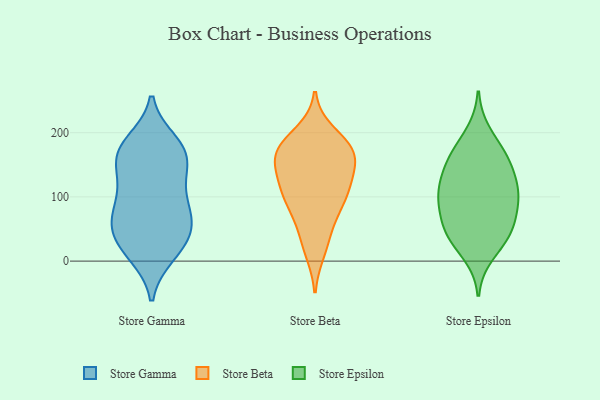
{"axis": {"x": "Energy Usage (MWh)", "y": "Value"}, "legend": ["Store Beta", "Store Epsilon", "Store Gamma"], "data": [{"x": "", "y": 108, "type": "Store Gamma"}, {"x": "", "y": 12, "type": "Store Gamma"}, {"x": "", "y": 115, "type": "Store Gamma"}, {"x": "", "y": 162, "type": "Store Gamma"}, {"x": "", "y": 156, "type": "Store Gamma"}, {"x": "", "y": 57, "type": "Store Gamma"}, {"x": "", "y": 180, "type": "Store Gamma"}, {"x": "", "y": 140, "type": "Store Gamma"}, {"x": "", "y": 66, "type": "Store Gamma"}, {"x": "", "y": 10, "type": "Store Gamma"}, {"x": "", "y": 22, "type": "Store Gamma"}, {"x": "", "y": 45, "type": "Store Gamma"}, {"x": "", "y": 185, "type": "Store Gamma"}, {"x": "", "y": 60, "type": "Store Gamma"}, {"x": "", "y": 92, "type": "Store Gamma"}, {"x": "", "y": 77, "type": "Store Gamma"}, {"x": "", "y": 40, "type": "Store Gamma"}, {"x": "", "y": 166, "type": "Store Gamma"}, {"x": "", "y": 174, "type": "Store Gamma"}, {"x": "", "y": 163, "type": "Store Beta"}, {"x": "", "y": 90, "type": "Store Beta"}, {"x": "", "y": 167, "type": "Store Beta"}, {"x": "", "y": 33, "type": "Store Beta"}, {"x": "", "y": 175, "type": "Store Beta"}, {"x": "", "y": 176, "type": "Store Beta"}, {"x": "", "y": 109, "type": "Store Beta"}, {"x": "", "y": 103, "type": "Store Beta"}, {"x": "", "y": 176, "type": "Store Beta"}, {"x": "", "y": 89, "type": "Store Beta"}, {"x": "", "y": 168, "type": "Store Beta"}, {"x": "", "y": 141, "type": "Store Beta"}, {"x": "", "y": 199, "type": "Store Beta"}, {"x": "", "y": 62, "type": "Store Beta"}, {"x": "", "y": 123, "type": "Store Beta"}, {"x": "", "y": 130, "type": "Store Beta"}, {"x": "", "y": 16, "type": "Store Beta"}, {"x": "", "y": 94, "type": "Store Epsilon"}, {"x": "", "y": 131, "type": "Store Epsilon"}, {"x": "", "y": 104, "type": "Store Epsilon"}, {"x": "", "y": 200, "type": "Store Epsilon"}, {"x": "", "y": 43, "type": "Store Epsilon"}, {"x": "", "y": 90, "type": "Store Epsilon"}, {"x": "", "y": 157, "type": "Store Epsilon"}, {"x": "", "y": 114, "type": "Store Epsilon"}, {"x": "", "y": 89, "type": "Store Epsilon"}, {"x": "", "y": 47, "type": "Store Epsilon"}, {"x": "", "y": 148, "type": "Store Epsilon"}, {"x": "", "y": 47, "type": "Store Epsilon"}, {"x": "", "y": 10, "type": "Store Epsilon"}, {"x": "", "y": 33, "type": "Store Epsilon"}, {"x": "", "y": 61, "type": "Store Epsilon"}, {"x": "", "y": 115, "type": "Store Epsilon"}, {"x": "", "y": 169, "type": "Store Epsilon"}, {"x": "", "y": 166, "type": "Store Epsilon"}]}